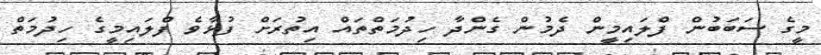
މީގެ ސަބަބުން ފްލައިމީން ދެމުން ގެންދާ ހިދުމަތްތައް އިތުރަށް ފުޅާވެ ފްލައިމީގެ ހިދުމަތް